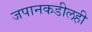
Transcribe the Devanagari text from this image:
जपानकडीलही